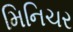
મિનિચર